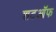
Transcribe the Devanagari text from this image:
शटऑफ